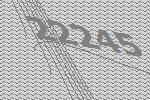
22245